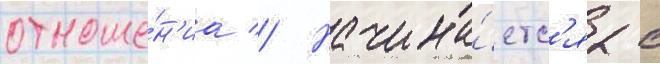
отноше́н'иа // Начина́етс'я с